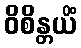
ဝိစိန္တယိံ